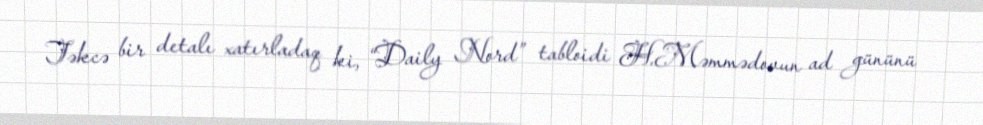
Təkcə bir detalı xatırladaq ki, “Daily Nord” tabloidi H.Məmmədovun ad gününü